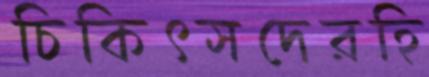
চিকিৎসদেরহি